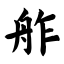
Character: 舴